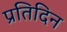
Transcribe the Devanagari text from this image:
प्रतिदिन